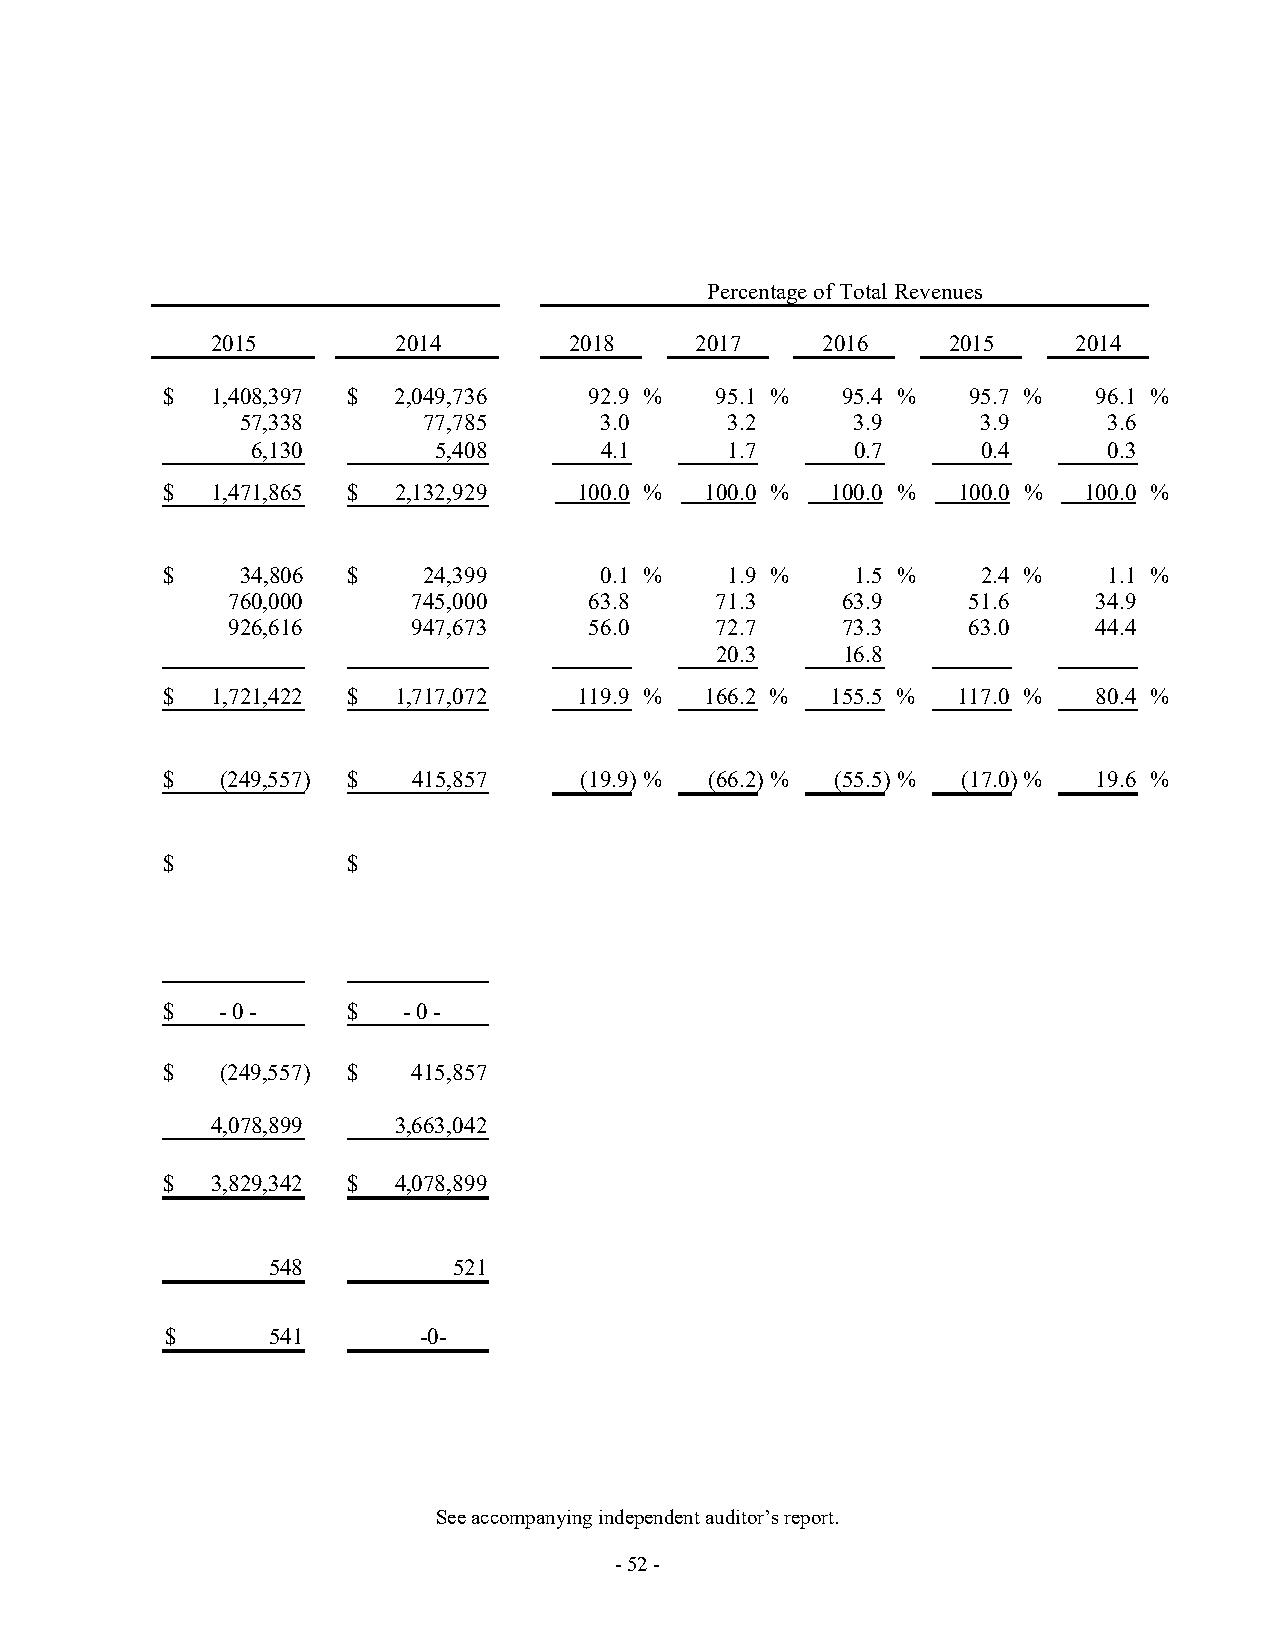
Percentage of Total Revenues
 2015        2014        2018    2017    2016     2015    2014
 $  1,408,397 $ 2,049,736    92.9 %  95.1 %   95.4 %  95.7 %   96.1 %
 57,338      77,785      3.0     3.2      3.9     3 .9    3.6
 6,130       5,408      4.1     1.7      0.7     0 .4    0.3
 $  1,471,865 $ 2,132,929   100.0 %  100.0 % 100.0 % 100.0 %  100.0 %
 $    34,806 $    24,399      0.1 %   1.9 %    1.5 %   2 .4 %  1.1 %
 760,000     745,000     63.8    71.3     63.9    51.6     34.9
 926,616     947,673     56.0    72.7     73.3    63.0     44.4
 20.3     16.8
 $  1,721,422 $ 1,717,072   119.9 %  1 66.2 % 1 55.5 % 1 17.0 % 8 0.4 %
 $   (249,557) $ 415,857    (19.9) % (66.2) % (55.5) % (17.0) % 19.6 %
 $           $
 $   - 0 -   $   - 0 -
 $   ( 249,557) $ 415,857
 4,078,899   3,663,042
 $  3,829,342 $ 4,078,899
 548         5 21
 $      541       -0-
 See accompanying independent auditor’s report.
 - 52 -